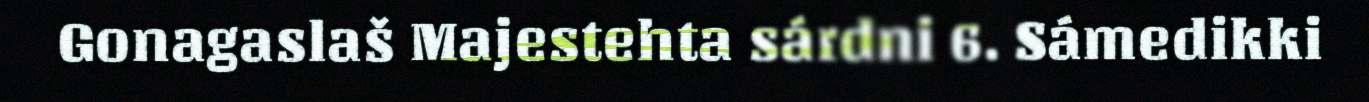
Gonagaslaš Majestehta sárdni 6. Sámedikki